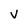
Character: v